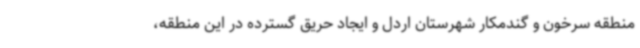
منطقه سرخون و گندمکار شهرستان اردل و ایجاد حریق گسترده در این منطقه،